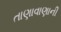
તાણાવાણાની